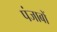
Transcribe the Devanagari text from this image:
पंजाबों